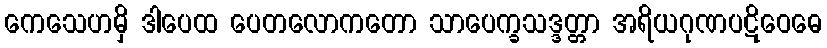
ကေသေဟမှိ ဒါပေထ ပေတလောကတော သာပေက္ခသဒ္ဒတ္တာ အရိယဂုဏပဋိဝေဓေ